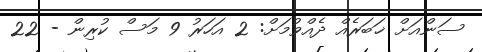
ސަންއަށް ޚަބަރެއް ދެއްވުމަށް: 2 އަހަރު 9 މަސް ކުރިން - 22